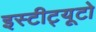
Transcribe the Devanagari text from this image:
इस्टीट्यूटो